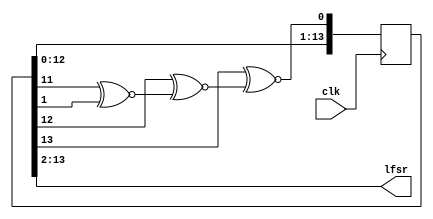
`timescale 1ns / 1ps
/**
 Author: Liam Crowley
 Date: 10/22/2023 06:59:26 PM
 Noise Output for DDS Algorithm
 INPUTS: Clk
 OUTPUTS: Noise wave output
 PARAMETERS: Input width
 Output width

 Uses linear feedback shift register to produce noise waveform
 */

//taps come from wikipedia,14 bits is same as phase so only repeats once per complete slowest cycle
module Lfsr
  #(
    parameter n = 14,
    parameter m = 12
    )
    (
     //input [n-1:0] phase,
     //input [m-1:0] seed,
     input               clk,
     output wire [m-1:0] lfsr
     );
    reg [n-1:0]          shift = 0;
    always @(posedge clk)
      begin
          //if(&~phase) oot = 0;
          //else///CONCATE TO ONE LINE
          shift[n-1:1] <= shift[n-2:0];
          shift[0] <= shift[n-1]~^(shift[n-2]~^(shift[n-3]~^shift[1]));
      end
    assign lfsr = shift[n-1:2];
endmodule

//    reg feedback;
//    reg a,b,c,d,e,f,g,h,i,j,k,l;
//taps come from wikipedia for max repetion length
//initial oot[0]=1;
//always @(&phase) oot[0] = 1;
//    always @(phase[0])
//    begin
//        oot[m-1:1] = oot<<1;
//        oot[0] = oot[m-1]^oot[m-2]^oot[m-3]^oot[m-9];
//    end
//    always @(posedge phase[0]) oot = {oot[m-1:1],(oot[m-1]~^oot[m-2])~^(oot[3]~^oot[0])};
//    always @(posedge phase[0])
//    begin
//        b<=a;
//        c<=b;
//        d<=c;
//        e<=d;
//        f<=e;
//        g<=f;
//        h<=g;
//        i<=h;
//        j<=i;
//        k<=j;
//        l<=k;
//        a<=(l~^k)~^(d~^a);
//    end
//    assign oot = {a,b,c,d,e,f,g,h,i,j,k,l};